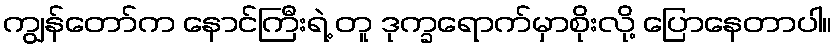
ကျွန်တော်က နောင်ကြီးရဲ့ တူ ဒုက္ခရောက်မှာစိုးလို့ ပြောနေတာပါ။